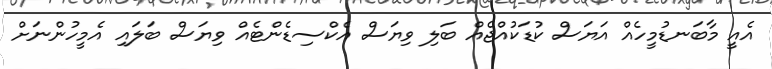
އެއީ މާބަނޑުމީހެއް އަޔަސް ކުޑަކުއްޖެއް ބަލި ވިޔަސް އެކްސިޑެންޓެއް ވިޔަސް ބަލައި އެމީހުންނަށް